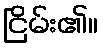
ငြိမ်း၏။